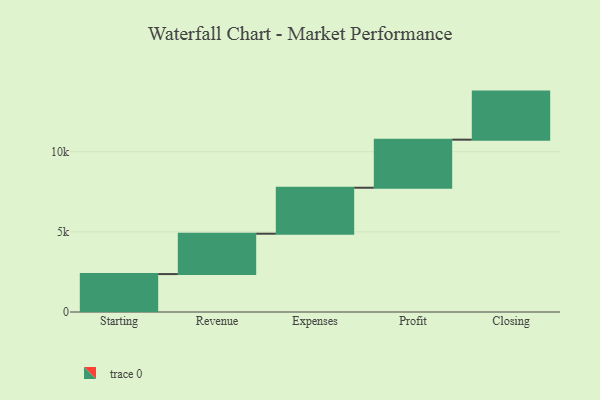
{"axis": {"x": "Step", "y": "Value"}, "legend": [""], "data": [{"x": "Starting", "y": 2367.0, "type": ""}, {"x": "Revenue", "y": 2520.0, "type": ""}, {"x": "Expenses", "y": 2870.0, "type": ""}, {"x": "Profit", "y": 3000, "type": ""}, {"x": "Closing", "y": 3000, "type": ""}]}